Vaccination returns of the Province of Eastern Bengal and Assam - 1905-1912
Year: 1905
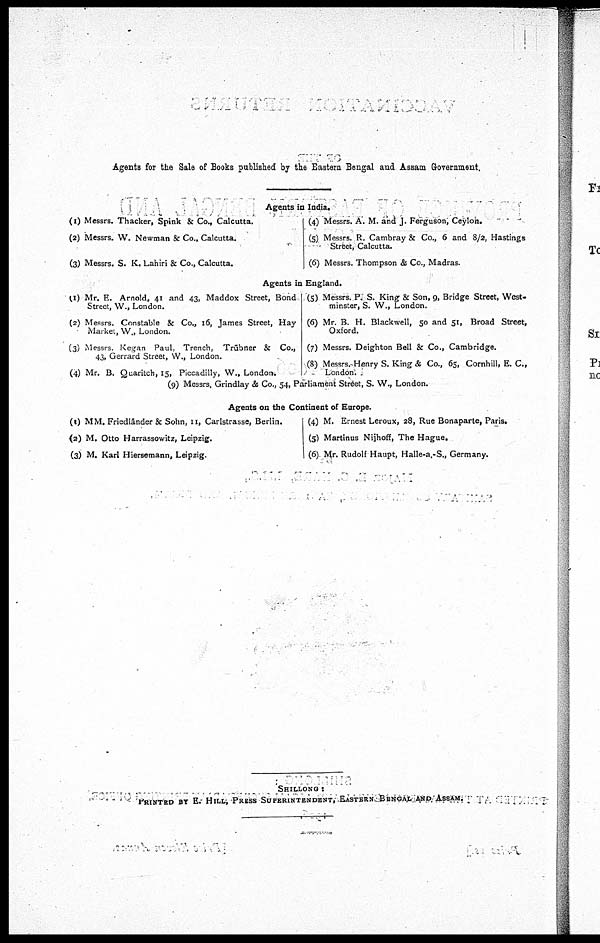
Agents for the Sale of Books published by the Eastern Bengal and Assam Government.
Agents in India.
(1) Messrs. Thacker, Spink & Co., Calcutta.
(2) Messrs. W. Newman & Co., Calcutta.
(3) Messrs. S. K. Lahiri & Co., Calcutta.
(4) Messrs. A. M. and J. Ferguson, Ceylon.
(5) Messrs. R. Cambray & Co., 6 and 8/2, Hastings
Street, Calcutta.
(6) Messrs. Thompson & Co., Madras.
Agents in England.
(1) Mr. E. Arnold, 41 and 43, Maddox Street, Bond
Street, W., London.
(2) Messrs. Constable & Co., 16, James Street, Hay
- Market, W., London.
(3) Messrs. Kegan Paul, Trench, Trübner & Co.,
43, Gerrard Street, W., London.
(4) Mr. B. Quaritch, 15, Piccadilly, W., London.
(5) Messrs. P. S. King & Son, 9, Bridge Street, West-
minster, S. W., London.
(6) Mr. B. H. Blackwell, 50 and 51, Broad Street,
Oxford.
(7) Messrs. Deighton Bell & Co., Cambridge.
(8) Messrs. Henry S. King & Co., 65, Cornhill, E. C.,
London.
(9) Messrs. Grindlay & Co., 54, Parliament Street, S. W., London.
Agents on the Continent of Europe.
(1) MM. Friedländer & Sohn, 11, Carlstrasse, Berlin.
(2) M. Otto Harrassowitz, Leipzig.
(3) M. Karl Hiersemann, Leipzig.
(4) M. Ernest Leroux, 28, Rue Bonaparte, Paris.
(5) Martinus Nijhoff, The Hague.
(6). Mr. Rudolf Haupt, Halle-a.-S., Germany.
SHILLONG :
PRINTED BY E. HILL, PRESS SUPERINTENDENT, EASTERN BENGAL AND ASSAM.